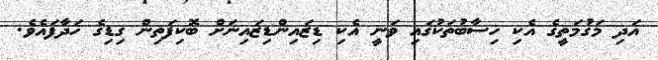
އަދި މަގުމަތީގެ އެކި ހިސާބުތަކުގައި ވަނީ އެކި ޑިޒައިންޑިޒައިނަށް ބޮކިފަތިން ގިޑިގެ ހަދާފައެވެ.